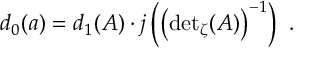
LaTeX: d _ { 0 } ( a ) = d _ { 1 } ( A ) \cdot j \left( \left( { \operatorname * { d e t } } _ { \zeta } ( A ) \right) ^ { - 1 } \right) \, \, .